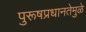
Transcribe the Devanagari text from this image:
पुरूषप्रधानतेमुळे